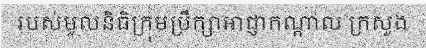
របស់មូលនិធិក្រុមប្រឹក្សាអាជ្ញាកណ្តាល ក្រសួង